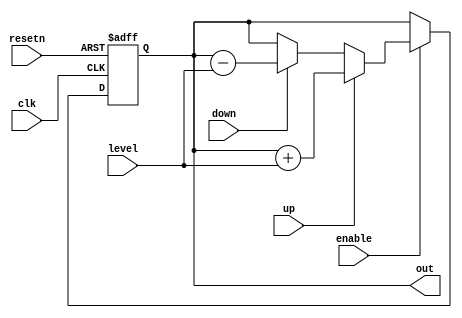
module offsetBlocks(clk, resetn, enable, out, up, down, level);

	input clk, resetn, enable, up, down;
	input [2:0] level;
	output reg [n:0] out;
	
	parameter n = 6;

	always @ (posedge clk or negedge resetn)
	begin
		if (!resetn)
		begin
			out <= 0;
		end
		else if (!enable)
		begin
			out <= out;
		end
		else
		begin
			if (up)
			begin
				out <= out + level;		// Increment x-y coord by level
			end
			else if (down)
			begin
				out <= out - level;		// Decrement x-y coord by level
			end
			else
			begin
				out <= out;
			end
		end
	end

endmodule